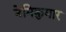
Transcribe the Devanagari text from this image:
नेमिकुमार